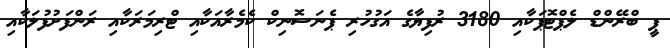
ޕީ ބްރޭންޑް ލެޕްޓޮޕަކާއި 3180 ރުފިޔާގެ އަގުހުރި ޕެނަސޮނިކް ކެމެރާއަކާއި ޓްރިމަރަކާއި ރަންފަށުފުލަކާއި